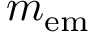
m _ { \mathrm { e m } }